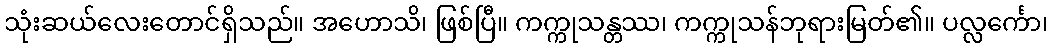
သုံးဆယ်လေးတောင်ရှိသည်။ အဟောသိ၊ ဖြစ်ပြီ။ ကက္ကုသန္တဿ၊ ကက္ကုသန်ဘုရားမြတ်၏။ ပလ္လင်္ကော၊